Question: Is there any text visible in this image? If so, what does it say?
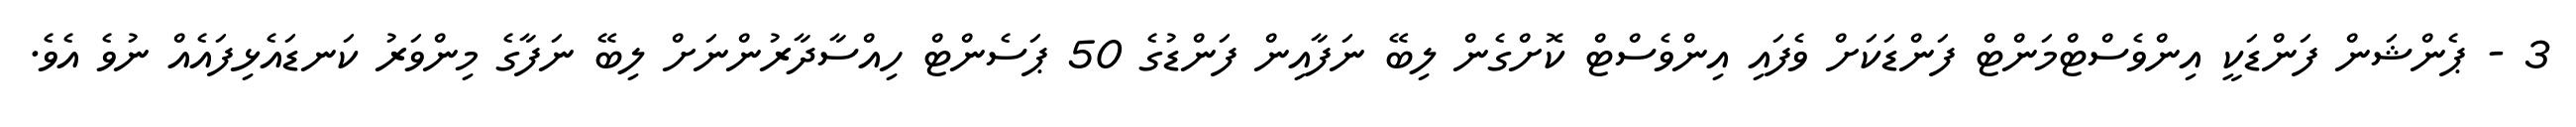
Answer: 3 - ޕެންޝަން ފަންޑަކީ އިންވެސްޓްމަންޓް ފަންޑަކަށް ވެފައި އިންވެސްޓް ކޮށްގެން ލިބޭ ނަފާއިން ފަންޑުގެ 50 ޕަސެންޓް ހިއްސާދާރުންނަށް ލިބޭ ނަފާގެ މިންވަރު ކަނޑައެޅިފައެއް ނުވެ އެވެ.